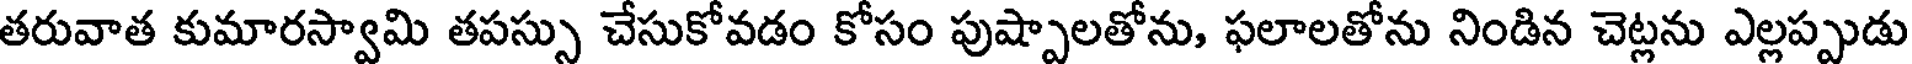
తరువాత కుమారస్వామి తపస్సు చేసుకోవడం కోసం పుష్పాలతోను, ఫలాలతోను నిండిన చెట్లను ఎల్లప్పుడు